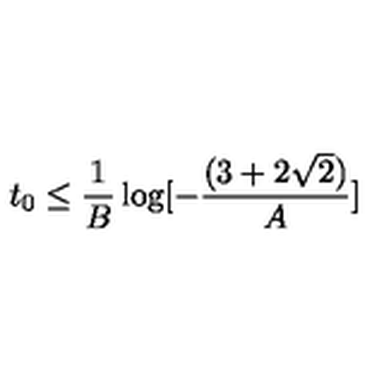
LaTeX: t _ { 0 } \leq \frac { 1 } { B } \log [ - \frac { ( 3 + 2 \sqrt { 2 } ) } { A } ]